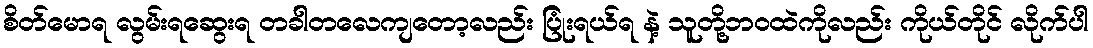
စိတ်မောရ လွမ်းရဆွေးရ တခါတလေကျတော့လည်း ပြုံးရယ်ရ နဲ့ သူတို့ဘဝထဲကိုလည်း ကိုယ်တိုင် လိုက်ပါ